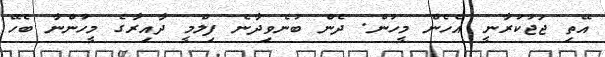
އޭތި ޖަޖުކުރާނީ އެހެން މީހުން. ދެން ބުނެވިދާނެ ފިލްމީ ދާއިރާގެ މީހުންނާ ބެހޭ